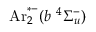
\mathrm { A r } _ { 2 } ^ { * - } ( b \ ^ { 4 } \Sigma _ { u } ^ { - } )